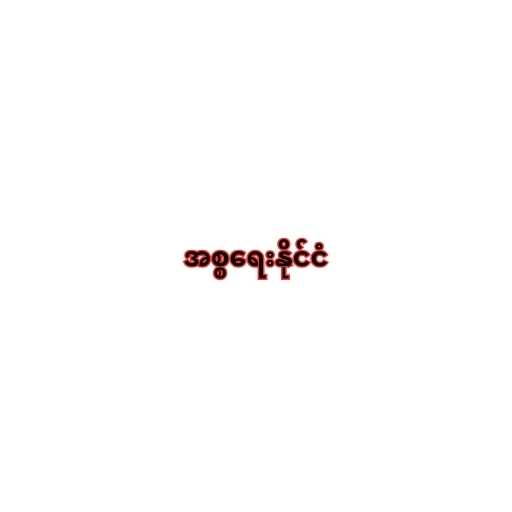
အစ္စရေးနိုင်ငံ